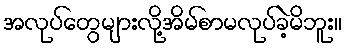
အလုပ်တွေများလို့အိမ်စာမလုပ်ခဲ့မိဘူး။